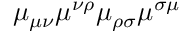
\mu _ { \mu \nu } \mu ^ { \nu \rho } \mu _ { \rho \sigma } \mu ^ { \sigma \mu }